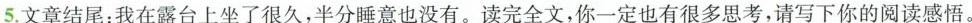
5.文章结尾：“我在楼台上坐了很久，半分睡意也没有。”读完全文，你一定也有很多思考，请写下你的阅读感悟。